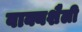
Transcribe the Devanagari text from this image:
वाक्यशैली